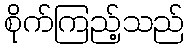
စိုက်ကြည့်သည်